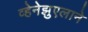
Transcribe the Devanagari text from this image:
व्हेनेझुएलाने